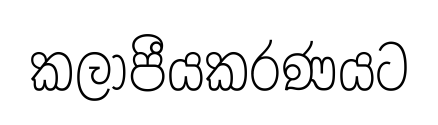
කලාපීයකරණයට